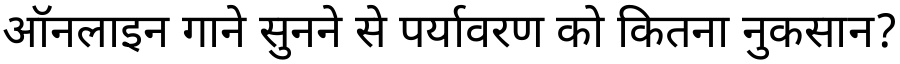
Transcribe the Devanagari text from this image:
ऑनलाइन गाने सुनने से पर्यावरण को कितना नुकसान?